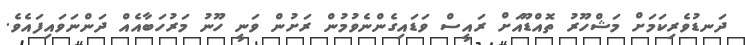
ދަނޑުވެރިކަމަށް މަޝްހޫރު ތޮއްޑޫއަށް ރައީސް ވަޑައިގެންނެވުމުން ރަށުން ވަނީ ހޫނު މަރުހަބާއެއް ދަންނަވައިފައެވެ.